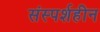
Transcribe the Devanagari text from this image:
संस्पर्शहीन